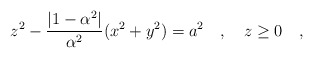
\begin{align*}z^2-{|1-\alpha^2| \over \alpha^2}(x^2+y^2)=a^2~~~,~~~z\ge0~~~,\end{align*}